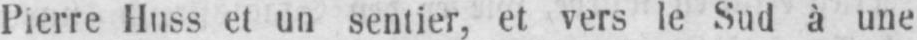
Pierre Huss et un sentier, et vers le Sud à une